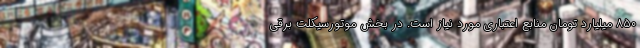
۸۵۰ میلیارد تومان منابع اعتباری مورد نیاز است. در بخش موتورسیکلت برقی